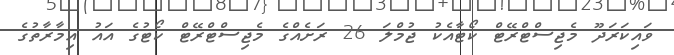
ވައިކަރަދޫ މެޖިސްޓްރޭޓް ކޯޓާއެކު ޖުމްލަ 26 ރަށެއްގެ މެޖިސްޓްރޭޓް ކޯޓުގެ އައު އިމާރާތުގެ